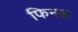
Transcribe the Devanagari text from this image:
फिनस